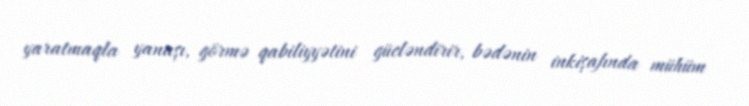
yaratmaqla yanaşı, görmə qabiliyyətini gücləndirir, bədənin inkişafında mühüm